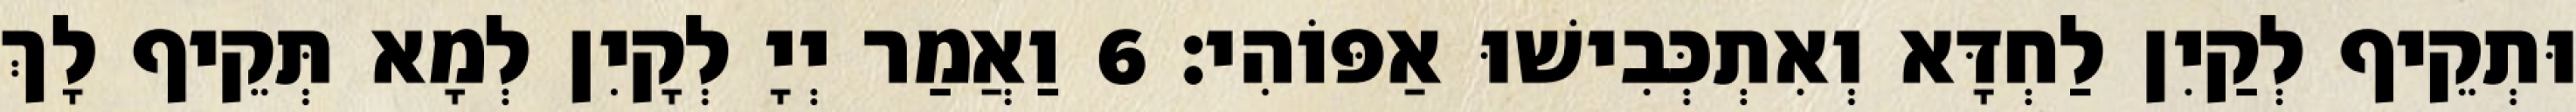
וּתְקֵיף לְקַיִן לַחְדָּא וְאִתְכְּבִישׁוּ אַפּוֹהִי׃ 6 וַאֲמַר יְיָ לְקָיִן לְמָא תְּקֵיף לָךְ